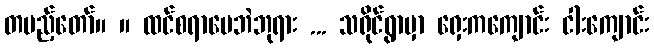
တပည့်တော်။ ။ ထင်စရာပေဘဲဘုရား ... သရိုင်ရွာမှာ ရှေးကကျောင်း ငါးကျောင်း